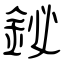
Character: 鉍